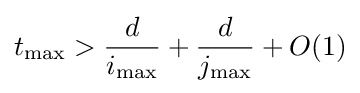
t_{\max }>{\frac {d}{i_{\max }}}+{\frac {d}{j_{\max }}}+O(1)